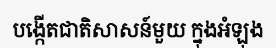
បង្កើតជាតិសាសន៍មួយ ក្នុងអំឡុង